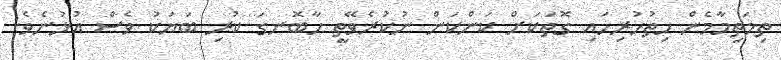
ތިމަތިމާމެން ހިތުހުރިހައި ގޮތަކަށް ކަންކަން ނުކުރެވޭތީ ހާބޮނގަ ކުރި ބަޔަކު ވެސް އުޅުނެވެ.